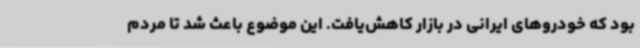
بود که خودروهای ایرانی در بازار کاهش‌یافت. این موضوع باعث شد تا مردم